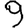
Digit: 9